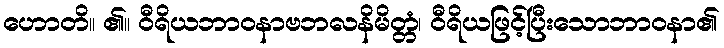
ဟောတိ။ ၏။ ဝီရိယဘာဝနာဗဘလနိမိတ္တံ၊ ဝီရိယဖြင့်ပြီးသောဘာဝနာ၏